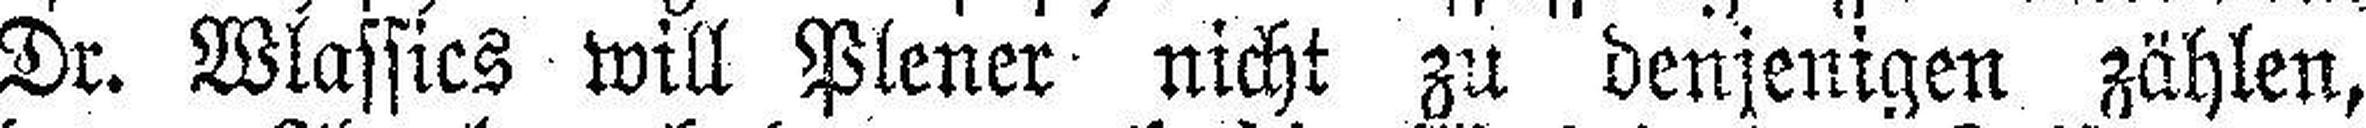
Dr. Wlassics will Plener nicht zu denjenigen zählen,